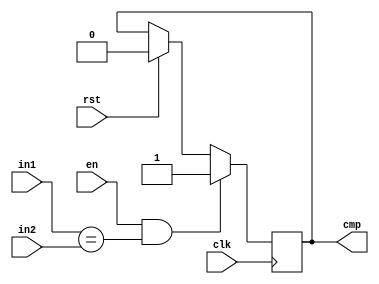
`timescale 1ns / 1ps
//////////////////////////////////////////////////////////////////////////////////
// Company: 
// Engineer: 
// 
// Design Name: 
// Module Name:    compare 
// Project Name: 
// Target Devices: 
// Tool versions: 
// Description: 
//
// Dependencies: 
//
// Revision: 
// Revision 0.01 - File Created
// Additional Comments: 
//
//////////////////////////////////////////////////////////////////////////////////
module compare(clk, rst, in1, in2, en, cmp);
    input rst;
	 input clk;
	 input [127:0] in1;
    input [127:0] in2;
    input en;
    output cmp;
	 reg cmp;

always @(posedge clk)
begin
	if (rst)
		cmp<=0;
	
	if (en & (in1==in2))
		cmp<=1;
end

endmodule